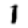
Digit: 1